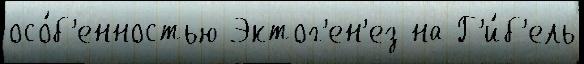
осо́б'енностью Эктог'ен'ез на Г'и́б'ель